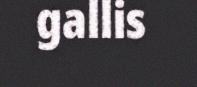
gallis